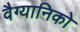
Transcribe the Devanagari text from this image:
वैग्यानिको